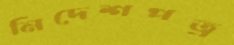
নিদেশপত্র